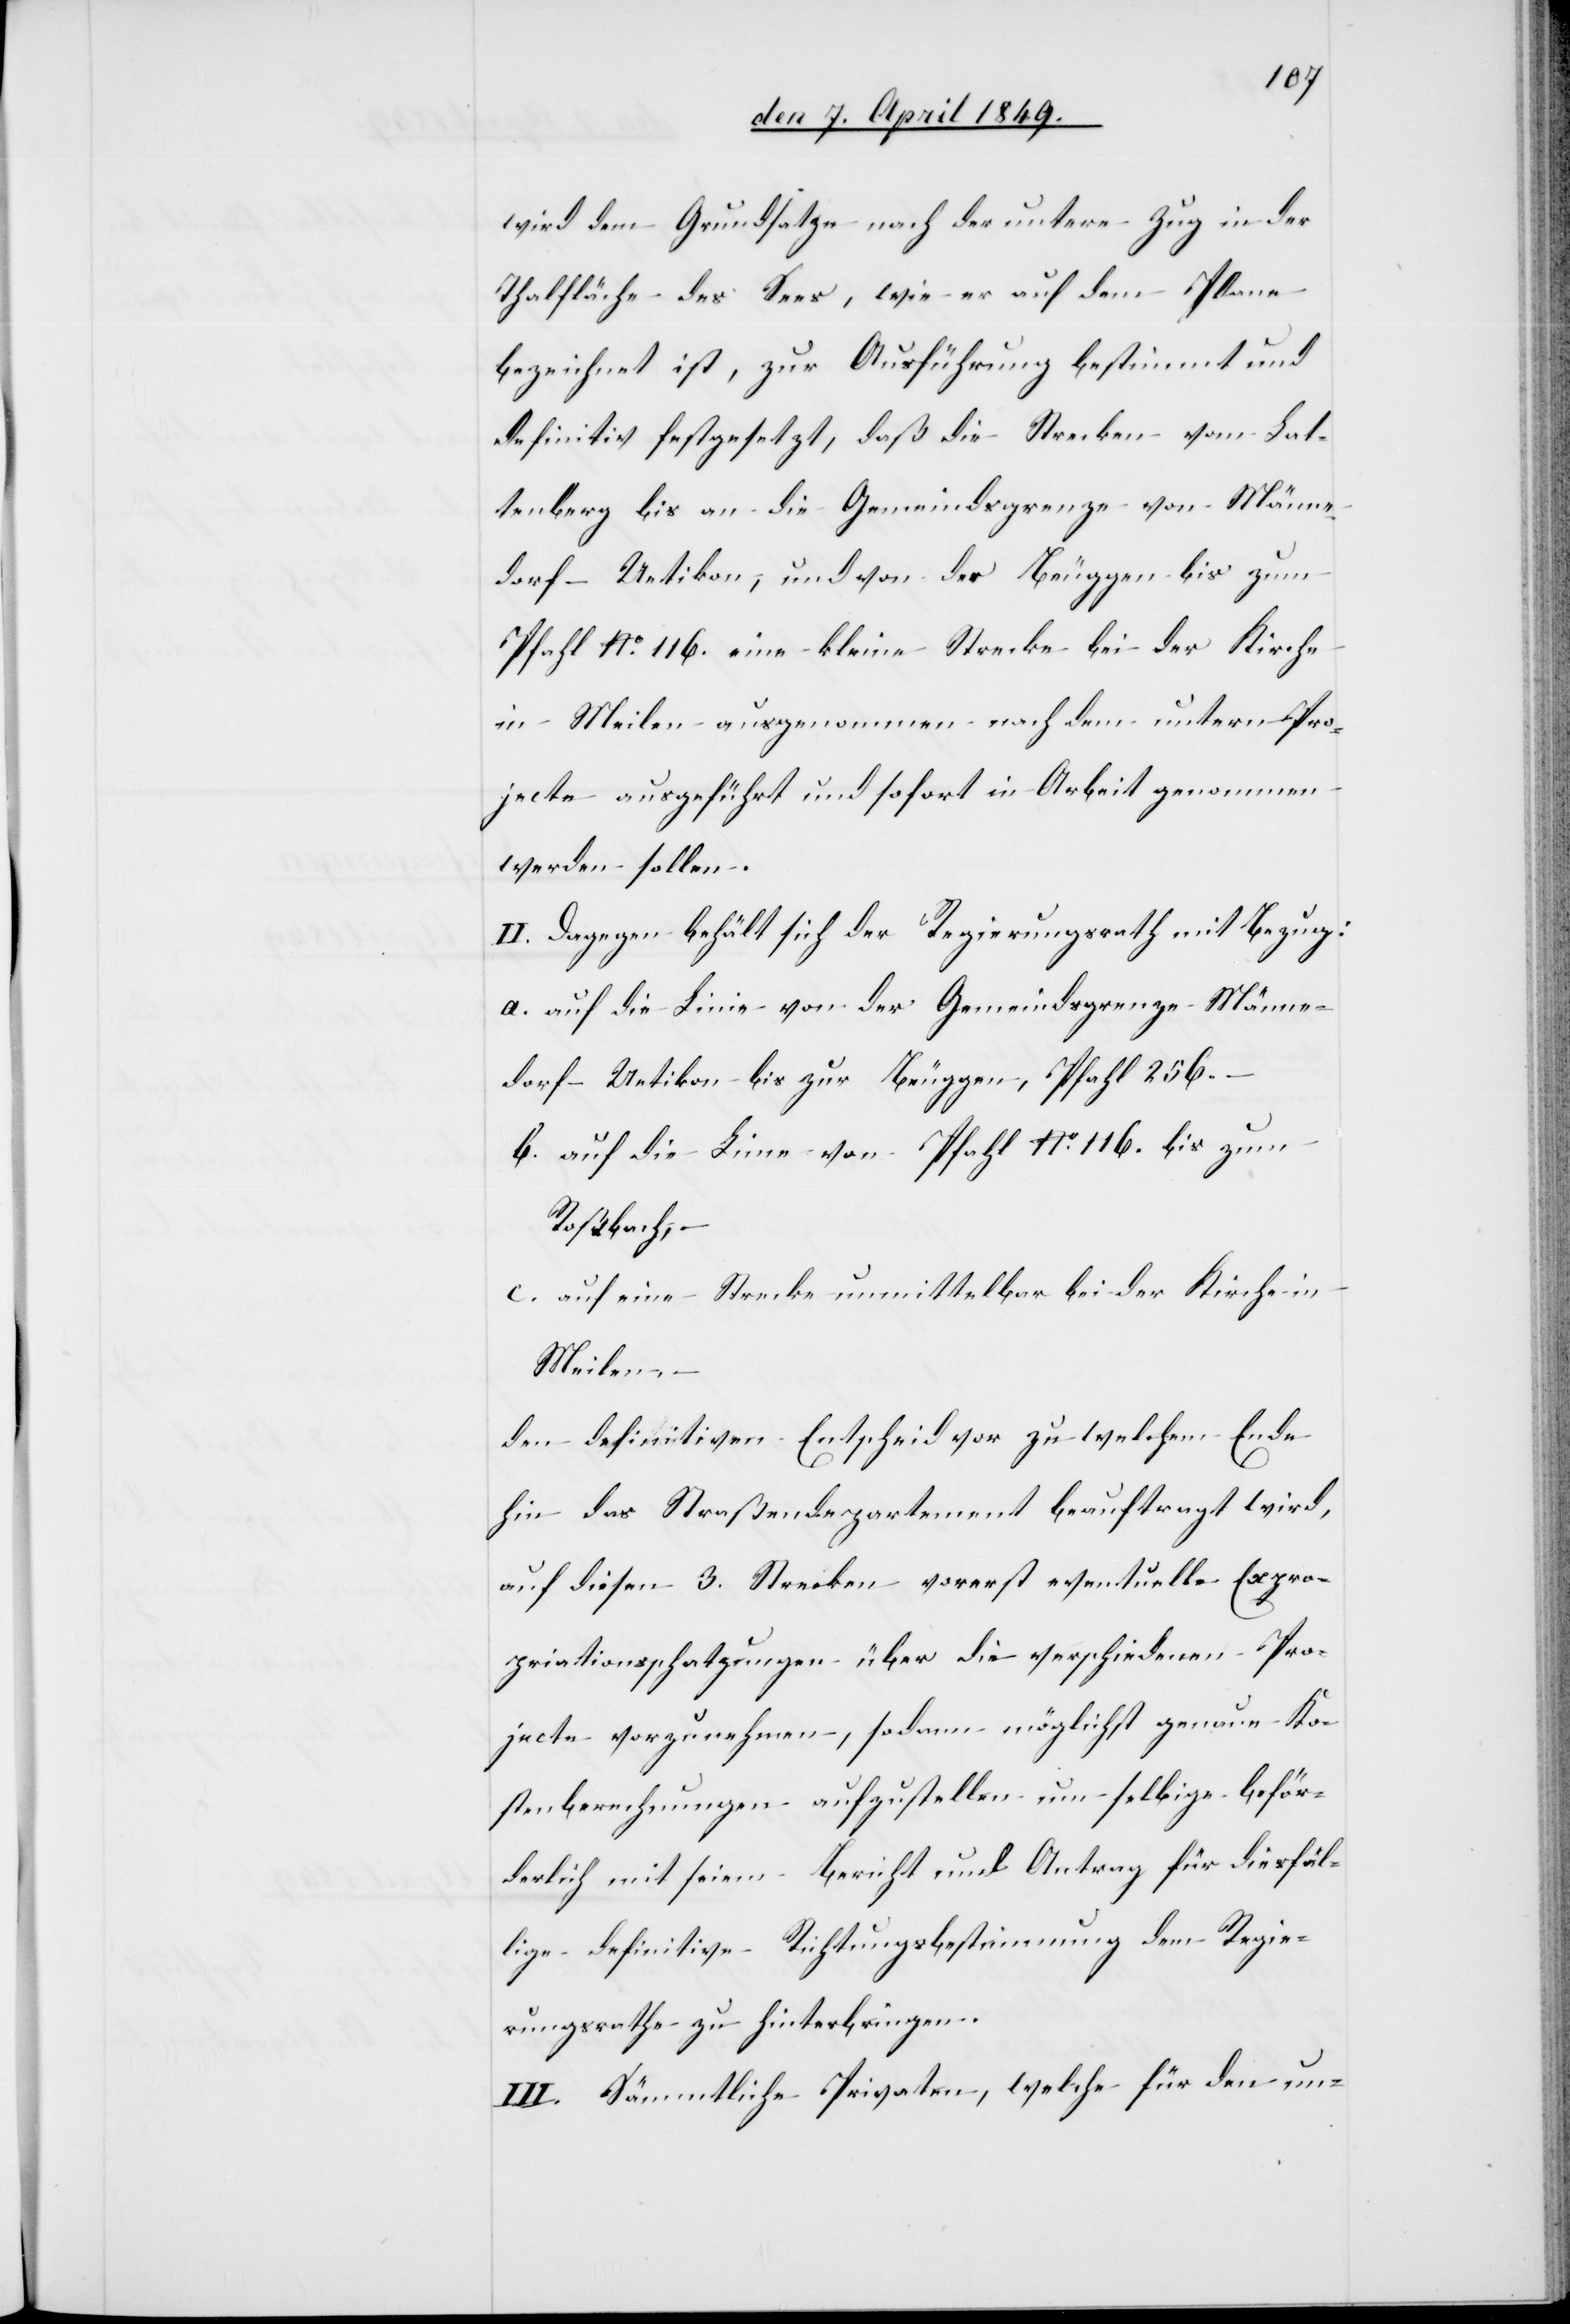
wird dem Grundsatze nach der untere Zug in der
Thalfläche des Sees, wie er auf dem Plane
bezeichnet ist, zur Ausführung bestimmt und
definitiv festgesetzt, daß die Strecken vom Lat¬
tenberg bis an die Gemeindsgrenze von Männe¬
dorf-Uetikon, und von der Beuggen bis zum
Pfahl No 116. eine kleine Strecke bei der Kirche
in Meilen ausgenommen nach dem untern Pro¬
jecte ausgeführt und sofort in Arbeit genommen
werden sollen.
II. Dagegen behält sich der Regierungsrath mit Bezug:
a. auf die Linie von der Gemeindgrenze Männe¬
dorf-Uetikon bis zur Beuggen, Pfahl 256.
b. auf die Linie von Pfahl No 116. bis zum
Roßbach,
c. auf eine Strecke unmittelbar bei der Kirche in
Meilen
den definitiven Entscheid vor zu welchem Ende
hin das Straßendepartement beauftragt wird,
auf diesen 3. Strecken vorerst eventuelle Expro¬
priationsschatzungen über die verschiedenen Pro¬
jecte vorzunehmen, sodann möglichst genau Ko¬
stenberechnungen aufzustellen um selbige beför¬
derlich mit seinem Bericht und Antrag für diesfäl¬
lige definitive Richtungsbestimmung dem Regie¬
rungsrathe zu hinterbringen.
III. Sämmtliche Privaten, welche für den un-